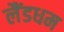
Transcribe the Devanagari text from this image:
लैंडधम